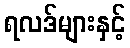
ရလဒ်များနှင့်